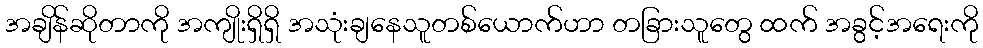
အချိန်ဆိုတာကို အကျိုးရှိရှိ အသုံးချနေသူတစ်ယောက်ဟာ တခြားသူတွေ ထက် အခွင့်အရေးကို